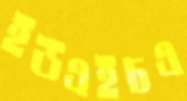
ইউএইচএ